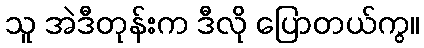
သူ အဲဒီတုန်းက ဒီလို ပြောတယ်ကွ။